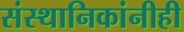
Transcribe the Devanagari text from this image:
संस्थानिकांनीही